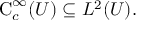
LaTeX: \operatorname { C } _ { c } ^ { \infty } ( U ) \subseteq L ^ { 2 } ( U ) .